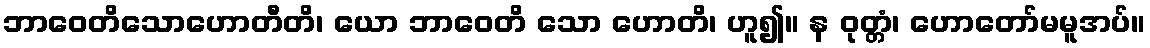
ဘာဝေတိသောဟောတီတိ၊ ယော ဘာဝေတိ သော ဟောတိ၊ ဟူ၍။ န ဝုတ္တံ၊ ဟောတော်မမူအပ်။